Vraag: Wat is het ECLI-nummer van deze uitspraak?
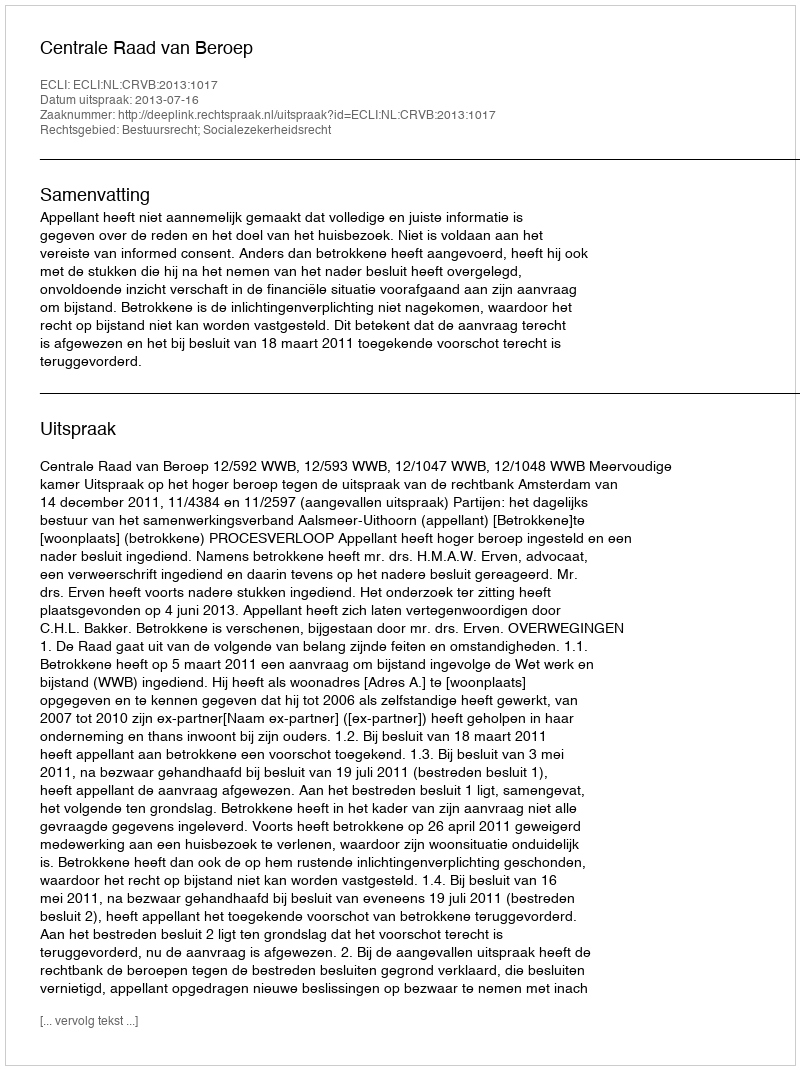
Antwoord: ECLI:NL:CRVB:2013:1017